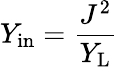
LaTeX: Y_{\mathrm{in}}=\frac{J^{2}}{Y_{\mathrm{L}}}